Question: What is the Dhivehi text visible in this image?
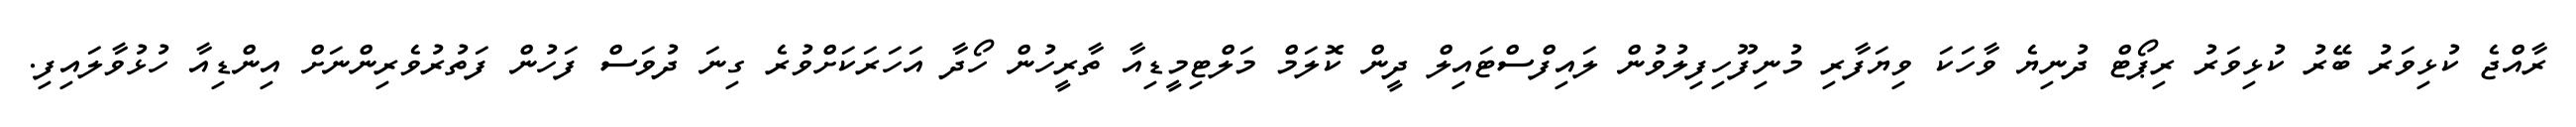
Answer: ރާއްޖެ ކުޅިވަރު ބޭރު ކުޅިވަރު ރިޕޯޓް ދުނިޔެ ވާހަކަ ވިޔަފާރި މުނިފޫހިފިލުވުން ލައިފްސްޓައިލް ދީން ކޮލަމް މަލްޓިމީޑިއާ ތާރީހުން ހޯދާ އަހަރަކަށްވުރެ ގިނަ ދުވަސް ފަހުން ފަތުރުވެރިންނަށް އިންޑިއާ ހުޅުވާލައިފި.